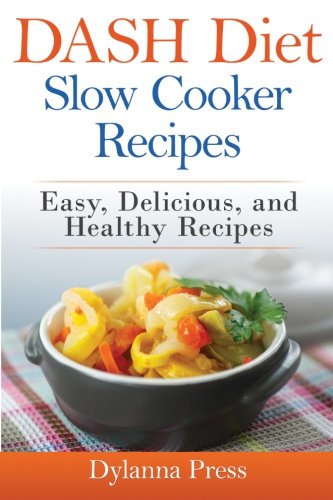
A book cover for Dash Diet Slow Cooker Recipes: Easy, Delicious, and Healthy Low-Sodium Recipes; Dylanna Press; Cookbooks, Food & Wine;